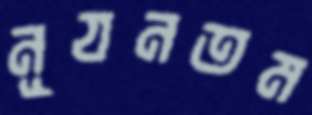
নূযনতম